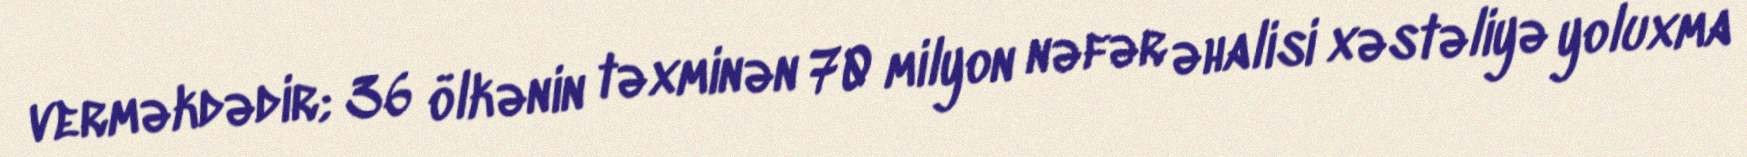
verməkdədir; 36 ölkənin təxminən 70 milyon nəfər əhalisi xəstəliyə yoluxma